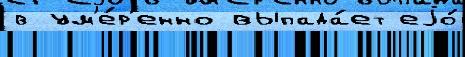
в ум'е́р'енно выпада́ет еjо́